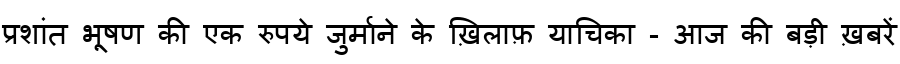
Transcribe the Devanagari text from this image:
प्रशांत भूषण की एक रुपये जुर्माने के ख़िलाफ़ याचिका - आज की बड़ी ख़बरें